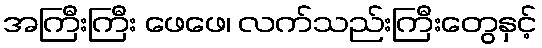
အကြီးကြီး ဖေဖေ၊ လက်သည်းကြီးတွေနှင့်